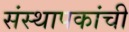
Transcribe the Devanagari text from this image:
संस्थापकांची